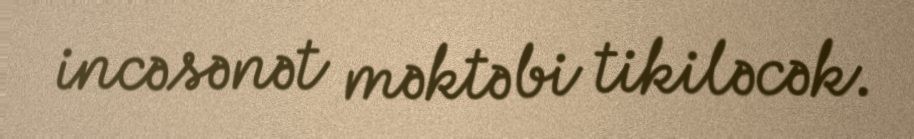
incəsənət məktəbi tikiləcək.